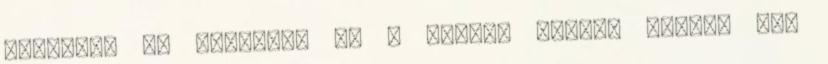
manapság is "meglep" ez a tudat, hiszen nemrég még